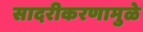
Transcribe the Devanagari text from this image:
सादरीकरणामुळे